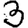
Digit: 3